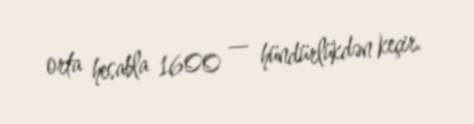
orta hesabla 1600 — hündürlükdən keçir.